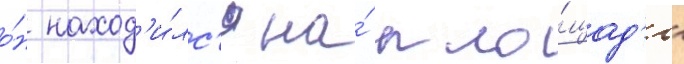
о́н наход'и́лс'я на́ пло́щад'и